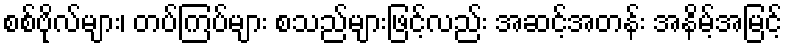
စစ်ဗိုလ်များ၊ တပ်ကြပ်များ စသည်များဖြင့်လည်း အဆင့်အတန်း အနိမ့်အမြင့်